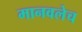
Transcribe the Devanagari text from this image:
मानवलेच